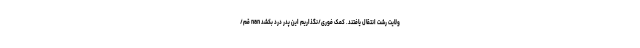
ولایت رشت انتقال یافتند. کمک فوری/نگذاریم این پدر درد بکشد nan قم/